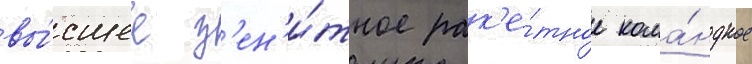
вы́сшее з'ен'и́тное рак'е́тное кома́ндное